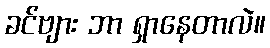
ခင်ဗျား ဘာ ရှာနေတာလဲ။